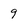
Character: 9